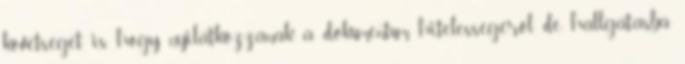
követséget is, hogy nyilatkozzanak a dokumentum hitelességéről, de hallgatásba